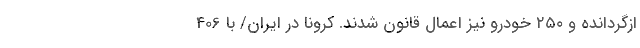
ازگردانده و ۲۵۰ خودرو نیز اعمال قانون شدند. کرونا در ایران/ با 406